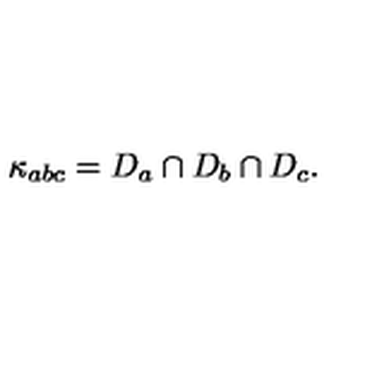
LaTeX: \kappa _ { a b c } = D _ { a } \cap D _ { b } \cap D _ { c } .